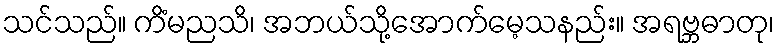
သင်သည်။ ကိံမညသိ၊ အဘယ်သို့အောက်မေ့သနည်း။ အရဗ္ဘဓာတု၊